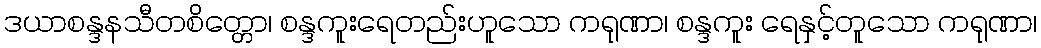
ဒယာစန္ဒနသီတစိတ္တော၊ စန္ဒကူးရေတည်းဟူသော ကရုဏာ၊ စန္ဒကူး ရေနှင့်တူသော ကရုဏာ၊